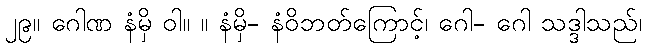
၂၉။ ဂေါဏ နံမှိ ဝါ။ ။ နံမှိ- နံဝိဘတ်ကြောင့်၊ ဂေါ- ဂေါ သဒ္ဒါသည်၊